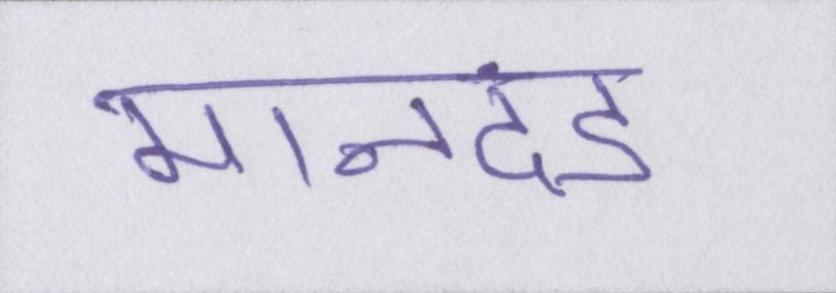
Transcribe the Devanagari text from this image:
मानदंड